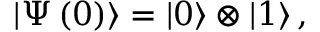
\left| \Psi \left( 0 \right) \right\rangle = \left| 0 \right\rangle \otimes \left| 1 \right\rangle ,